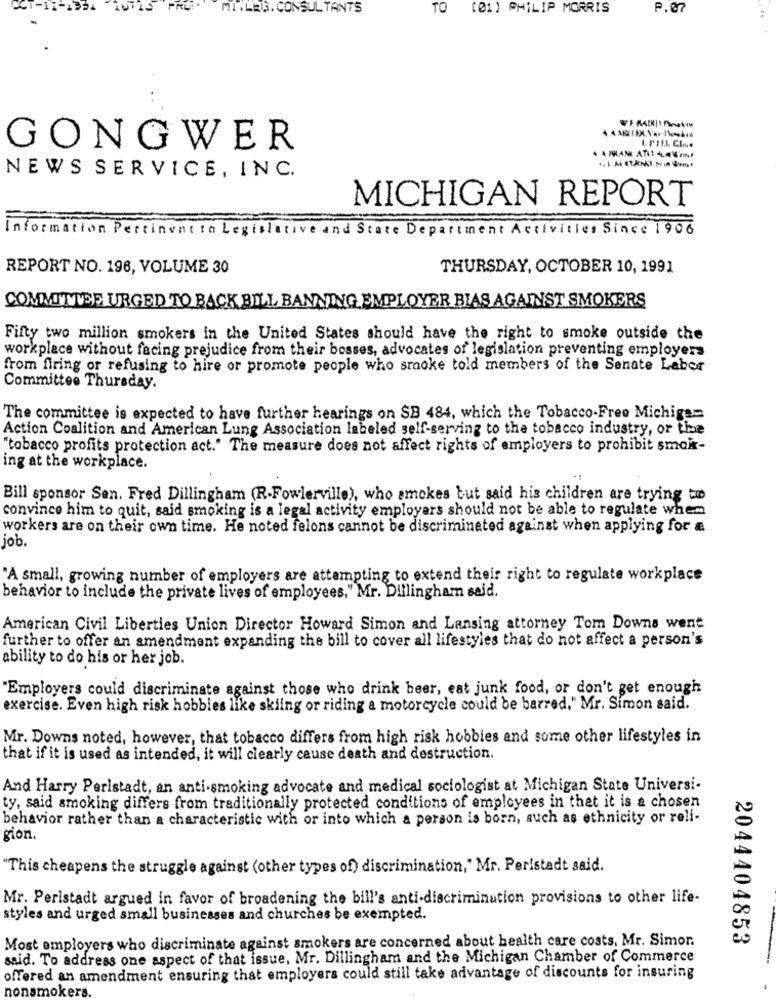
MI.LEIB. CONSULTANTS
TO (01) PHILIP MORRIS
P.07
GONGWER
NEWS SERVICE, INC.
MICHIGAN REPORT
Information Pertinent to Legislative and State Department Activities Since 1906
REPORT NO. 196, VOLUME 30
THURSDAY, OCTOBER 10, 1991
COMMITTEE URGED TO BACK BILL BANNING EMPLOYER BIAS AGAINST SMOKERS
Fifty two million smokers in the United States should have the right to smoke outside the
workplace without facing prejudice from their bosses, advocates of legislation preventing employers
from firing or refusing to hire or promote people who smoke told members of the Senate Labor
Committee Thursday.
The committee is expected to have further hearings on SB 484, which the Tobacco-Free Michigan
Action Coalition and American Lung Association labeled self-serving to the tobacco industry, or the
"tobacco profits protection act." The measure does not affect rights of employers to prohibit smoix-
ing at the workplace.
Bill sponsor Sen. Fred Dillingham (R-Fowlerville), who amckes but said his children are trying to
convince him to quit, said smoking is a legal activity employers should not be able to regulate when
workers are on their own time. He noted felons cannot be discriminated against when applying for a
job.
"A small, growing number of employers are attempting to extend their right to regulate workplace
behavior to include the private lives of employees," Mr. Dillingham said.
American Civil Liberties Union Director Howard Simon and Lansing attorney Tom Downs went
further to offer an amendment expanding the bill to cover all lifestyles that do not affect a person's
ability to do his or her job.
"Employers could discriminate against those who drink beer, eat junk food, or don't get enough
exercise. Even high risk hobbies like skiing or riding a motorcycle could be barred." Mr. Simon said.
Mr. Downs noted, however, that tobacco differs from high risk hobbies and some other lifestyles in
that if it is used as intended, it will clearly cause death and destruction.
And Harry Peristadt, an anti-smoking advocate and medical sociologist at Michigan State Universi-
ty, said smoking differs from traditionally protected conditions of employees in that it is a chosen
behavior rather than a characteristic with or into which a person is born, such as ethnicity or reli-
gion.
"This cheapens the struggle against (other types of) discrimination," Mr. Peristadt said.
Mr. Peristadt argued in favor of broadening the bill's anti-discrimination provisions to other life-
styles and urged small businesses and churches be exempted.
Most employers who discriminate against smokers are concerned about health care costs, Mr. Simor.
2044404853
said. To address one aspect of that issue, Mr. Dillingham and the Michigan Chamber of Commerce
---
offered an amendment ensuring that employers could still take advantage of discounts for insuring
nonsmokers.